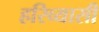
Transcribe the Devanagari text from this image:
हरिव्यासी